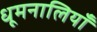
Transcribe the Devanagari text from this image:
धूमनालियाँ